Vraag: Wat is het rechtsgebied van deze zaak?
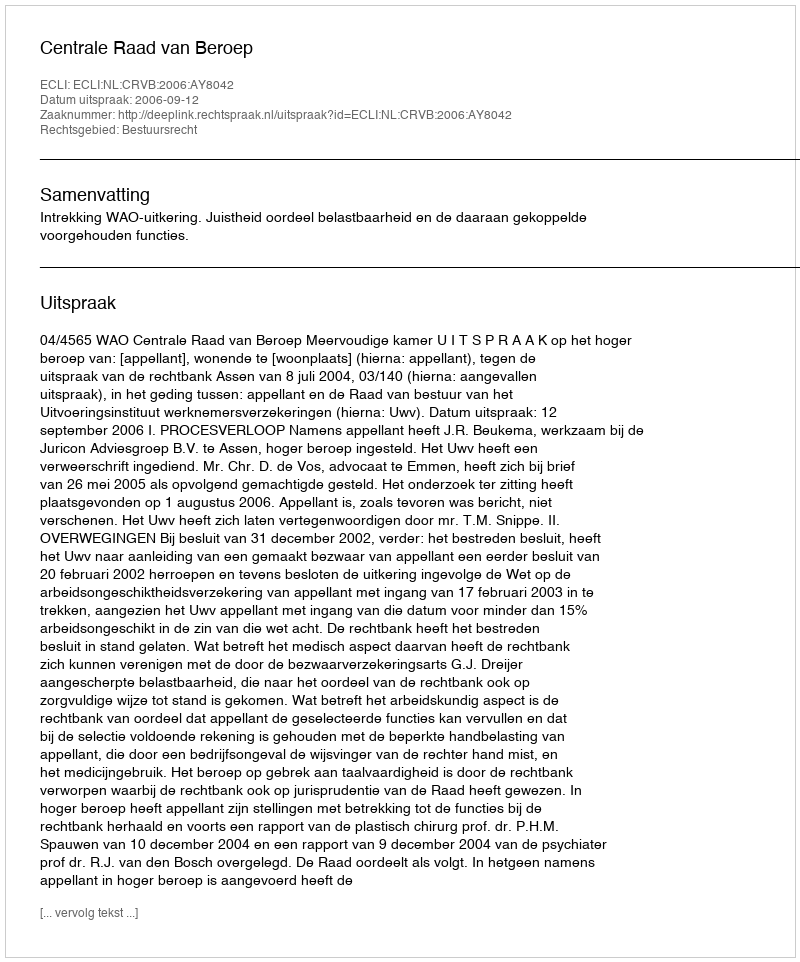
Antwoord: Bestuursrecht